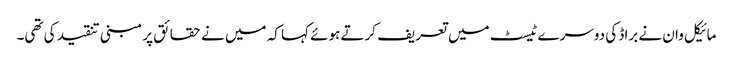
مائیکل وان نے براڈ کی دوسرے ٹیسٹ میں تعریف کرتے ہوئے کہا کہ میں نے حقائق پر مبنی تنقید کی تھی۔